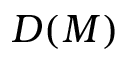
D ( M )